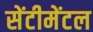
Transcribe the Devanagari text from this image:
सेंटीमेंटल